General report no. 6 on the lunatic asylums, vaccination and dispensaries in the Bengal Presidency, 1873 -
Year: 1873
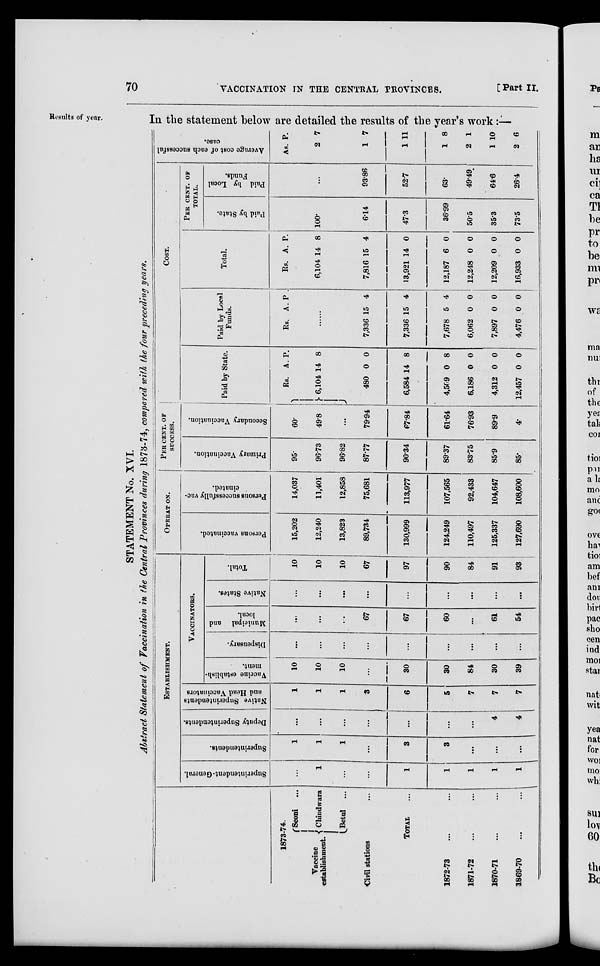
70
VACCINATION IN THE CENTRAL PROVINCES.
[Part II.
Results of year.
In the statement below are detailed the results of the year's work:—
STATEMENT No. XVI.
Abstract Statement of Vaccination in the Central Provinces during 1873-74, compared with the four preceding years.
1873-74.
Vaccine
establishment.
Seoni ...
Chindwara
Betul ...
Civil stations
TOTAL ...
1872-73 ... ...
187172 ... ...
1870-71 ... ...
1869-70 ... ...
ESTABLISHMENT.
Superintendent-General.
...
1
...
...
1
1
1
1
1
Superintendents.
1
1
1
...
3
3
...
...
...
Deputy Superintendents.
...
...
...
...
...
...
...
4
4
Native Superintendents
and Head Vaccinators
1
1
1
3
6
5
7
7
7
VACCINATORS.
Vaccine establish-
ment.
10
10
10
...
30
30
84
30
39
Dispensary.
...
...
...
...
...
...
...
...
...
Municipal and
local.
...
...
...
67
67
60
...
61
54
Native States.
...
...
...
...
...
...
...
...
...
Total.
10
10
10
67
97
90
84
91
93
OPERAT ON.
Persons vaccinated.
15,202
12,240
13,823
89,734
130,999
124,249
110,497
125,337
127,690
Persons successfully vac-
cinated.
14,037
11,401
12,858
75,681
113,977
107,565
92,433
104,647
108,600
PER CENT. OF
SUCCESS.
Primary Vaccination.
95.
96.73
96.82
87.77
90.34
89.37
83.75
85.9
85.
Secondary Vacciuation.
600
49.8
...
79.94
67.84
61.64
76.93
89.9
4.
COST.
Paid by State.
Rs.
6,104
480
6,584
4,509
6,186
4,312
12,457
A.
14
0
14
0
0
0
0
P.
8
0
8
8
0
0
0
Paid by Local
Funds.
Rs. A. P
......
7,336
7,336
7,678
6,062
7,897
4,476
15
15
5
0
0
0
4
4
4
0
0
0
Total.
Rs.
6,104
7,816
13,921
12,187
12,248
12,209
16,933
A.
14
15
14
6
0
0
0
P.
8
4
0
0
0
0
0
PER CENT. OF
TOTAL.
Paid by State.
100.
6.14
47.3
36.99
50.5
35.3
73.5
Paid by Local
Funds.
...
93.86
52.7
63.
49.49
64.6
26.4
Average cost of each successful
case.
As.
2
1
1
1
2
1
2
P.
7
7
11
8
1
10
6